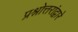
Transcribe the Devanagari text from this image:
प्रश्नोत्तरांद्वारे